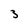
Character: 3